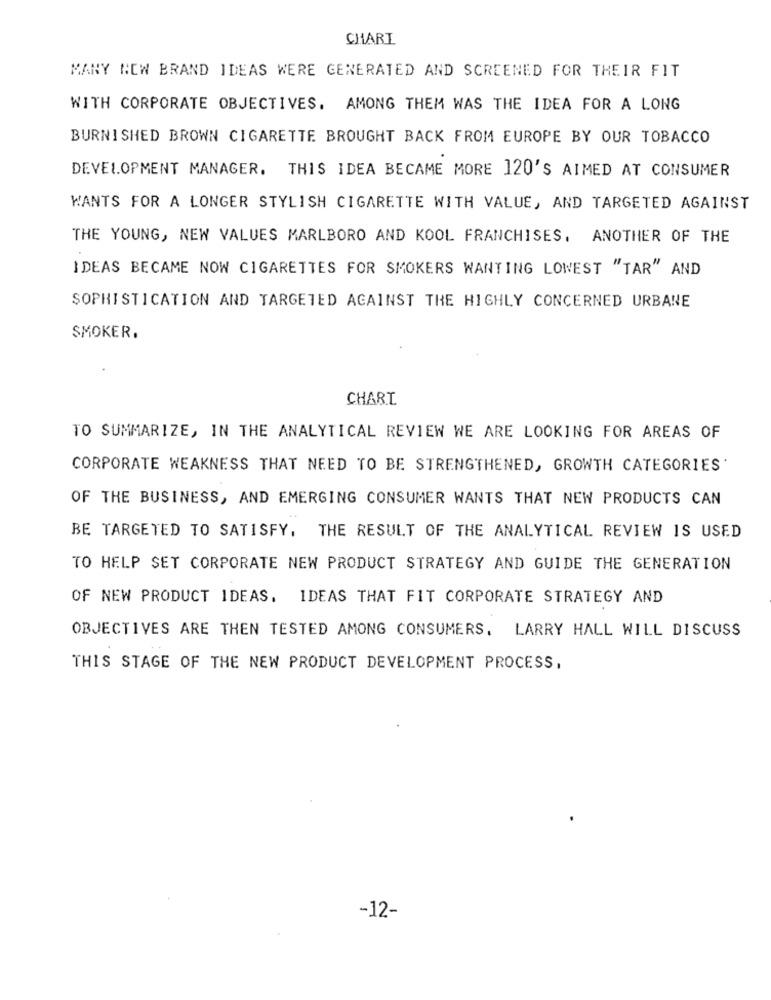
CHART
MANY NEW BRAND IDEAS WERE GENERATED AND SCREENED FOR THEIR FIT
WITH CORPORATE OBJECTIVES. AMONG THEM WAS THE IDEA FOR A LONG
BURNISHED BROWN CIGARETTE BROUGHT BACK FROM EUROPE BY OUR TOBACCO
DEVELOPMENT MANAGER. THIS IDEA BECAME MORE 120'S AIMED AT CONSUMER
WANTS FOR A LONGER STYLISH CIGARETTE WITH VALUE, AND TARGETED AGAINST
THE YOUNG, NEW VALUES MARLBORO AND KOOL FRANCHISES. ANOTHER OF THE
IDEAS BECAME NOW CIGARETTES FOR SMOKERS WANTING LOWEST "TAR" AND
SOPHISTICATION AND TARGETED AGAINST THE HIGHLY CONCERNED URBANE
SMOKER.
CHARI
TO SUMMARIZE, IN THE ANALYTICAL REVIEW WE ARE LOOKING FOR AREAS OF
CORPORATE WEAKNESS THAT NEED TO BE STRENGTHENED, GROWTH CATEGORIES'
OF THE BUSINESS, AND EMERGING CONSUMER WANTS THAT NEW PRODUCTS CAN
BE TARGETED TO SATISFY, THE RESULT OF THE ANALYTICAL REVIEW IS USED
TO HELP SET CORPORATE NEW PRODUCT STRATEGY AND GUIDE THE GENERATION
OF NEW PRODUCT IDEAS. IDEAS THAT FIT CORPORATE STRATEGY AND
OBJECTIVES ARE THEN TESTED AMONG CONSUMERS. LARRY HALL WILL DISCUSS
THIS STAGE OF THE NEW PRODUCT DEVELOPMENT PROCESS,
-12-